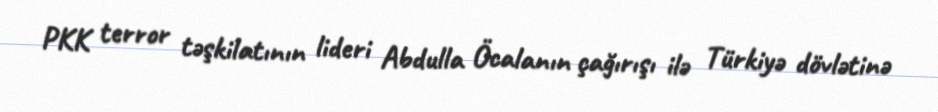
PKK terror təşkilatının lideri Abdulla Öcalanın çağırışı ilə Türkiyə dövlətinə